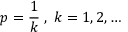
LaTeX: \displaystyle p = \frac { 1 } { k } \; , \; k = 1 , 2 , \ldots